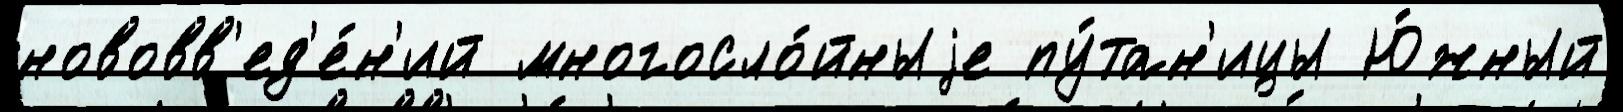
нововв'ед'е́н'ий многосло́йныjе пу́тан'ицы Ю́жный